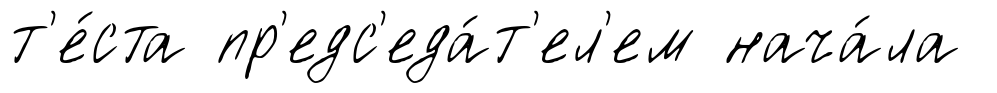
т'е́ста пр'едс'еда́т'ел'ем нача́ла